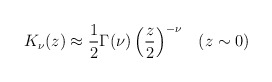
\begin{align*}K_{\nu }(z)\approx \frac{1}{2}\Gamma (\nu )\left( \frac{z}{2}\right) ^{-\nu}\;\;\;(z\sim 0) \end{align*}